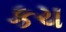
કચ